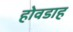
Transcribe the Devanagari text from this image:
होवडाह